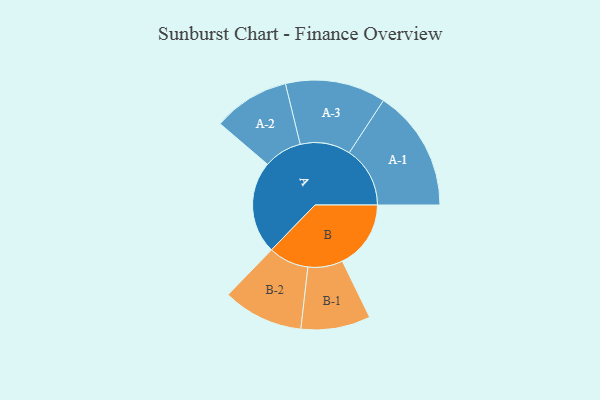
{"axis": {"x": "Segment", "y": "Value"}, "legend": ["", "A", "B"], "data": [{"x": "A", "y": 455, "type": ""}, {"x": "B", "y": 337, "type": ""}, {"x": "A-1", "y": 299, "type": "A"}, {"x": "A-2", "y": 188, "type": "A"}, {"x": "A-3", "y": 247, "type": "A"}, {"x": "B-1", "y": 171, "type": "B"}, {"x": "B-2", "y": 198, "type": "B"}]}